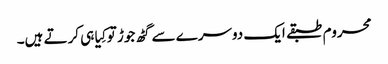
محروم طبقے ایک دوسرے سے گٹھ جوڑ تو کِیا ہی کرتے ہیں۔